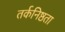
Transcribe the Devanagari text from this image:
तर्कनिष्ठता